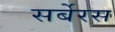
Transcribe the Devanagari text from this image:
सर्बेरस